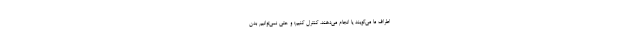
اطراف ما می‌گویند یا انجام می‌دهند، کنترل کنیم؛ و حتی نمی‌توانیم بدن